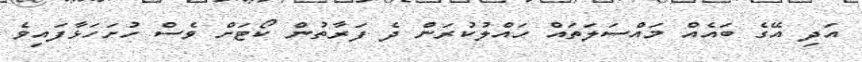
އަދި އޭގެ ބައެއް މައްސަލަތައް ހައްލުކުރަން ދެ ފަރާތުން ކޯޓަށް ވެސް ހުށަހަޅާފައިވެ